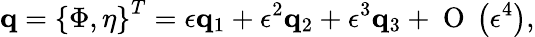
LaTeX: \mathbf{q}=\left\{ \Phi,\eta\right\} ^{T}=\epsilon\mathbf{q}_{1}+\epsilon^{2}\mathbf{q}_{2}+\epsilon^{3}\mathbf{q}_{3}+\mathrm{~O~}\left(\epsilon^{4}\right),